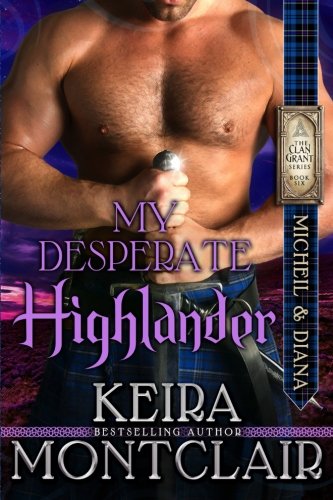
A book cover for My Desperate Highlander: Micheil and Diana (Clan Grant) (Volume 6); Keira Montclair; Romance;